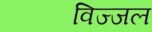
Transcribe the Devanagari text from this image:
विज्जल